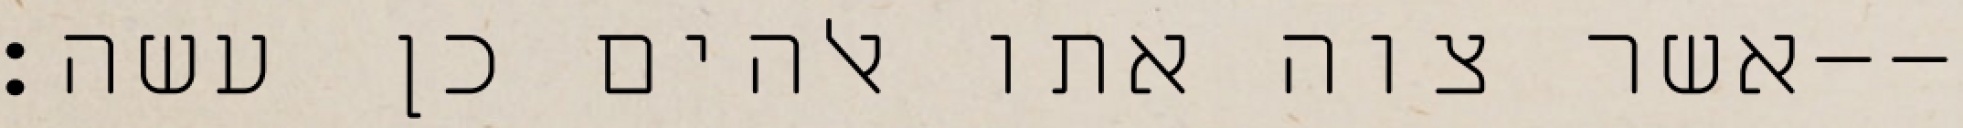
אשר צוה אתו אלהים כן עשה׃--